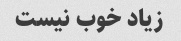
زیاد خوب نیست